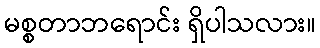
မစ္စတာဘရောင်း ရှိပါသလား။